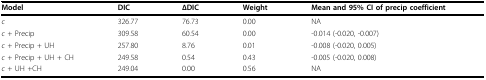
<table><thead><tr><td><b>Model</b></td><td><b>DIC</b></td><td><b>ΔDIC</b></td><td><b>Weight</b></td><td><b>Mean and 95% CI of precip coefficient</b></td></tr></thead><tbody><tr><td><i>c</i></td><td>326.77</td><td>76.73</td><td>0.00</td><td>NA</td></tr><tr><td><i>c </i>+ Precip</td><td>309.58</td><td>60.54</td><td>0.00</td><td>-0.014 (-0.020, -0.007)</td></tr><tr><td><i>c </i>+ Precip + UH</td><td>257.80</td><td>8.76</td><td>0.01</td><td>-0.008 (-0.020, 0.005)</td></tr><tr><td><i>c </i>+ Precip + UH + CH</td><td>249.58</td><td>0.54</td><td>0.43</td><td>-0.005 (-0.020, 0.008)</td></tr><tr><td><i>c </i>+ UH +CH</td><td>249.04</td><td>0.00</td><td>0.56</td><td>NA</td></tr></tbody></table>